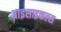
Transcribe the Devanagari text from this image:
बाइसाइकल्स